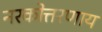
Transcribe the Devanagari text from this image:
नरकोत्तरणाय